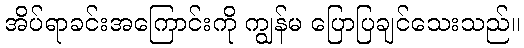
အိပ်ရာခင်းအကြောင်းကို ကျွန်မ ပြောပြချင်သေးသည်။